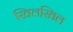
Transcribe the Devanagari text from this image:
खिलखिल